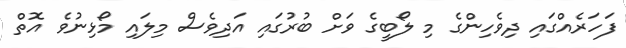
ފަހަރެއްގައި ދިވެހިންގެ މި ލޯބީގެ ވަށް ބުރުގައި އަދިވެސް މިލައި މޯޅިނުވެ އޮތް